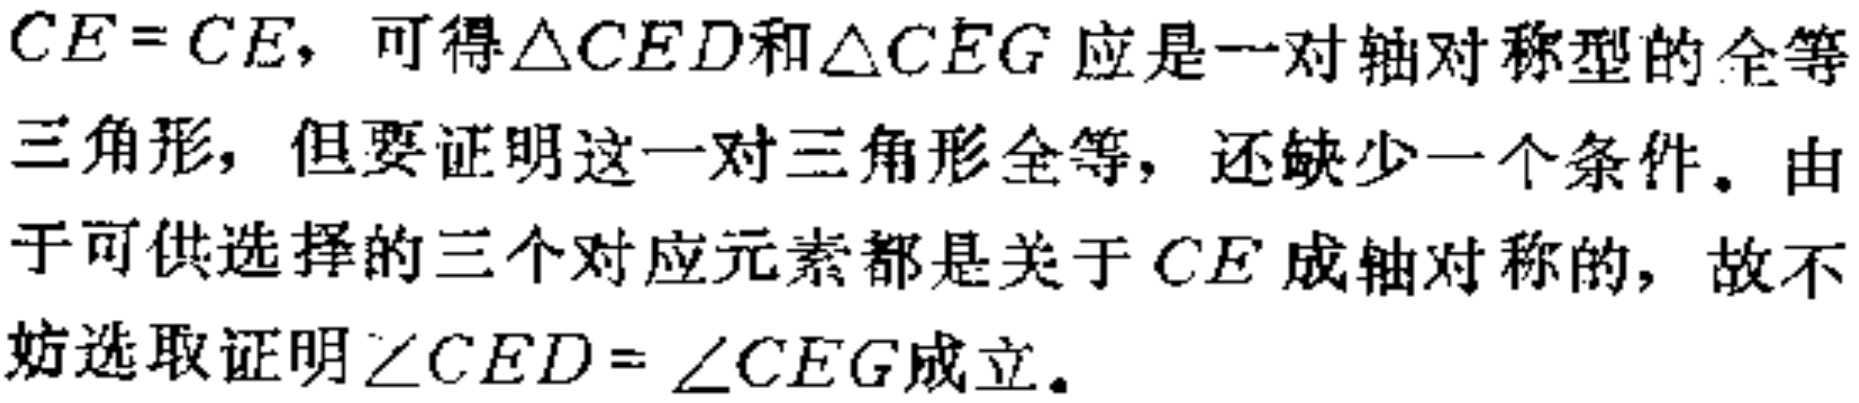
$CE = CE$，可得$\triangle CED$和$\triangle CEG$应是一对轴对称型的全等三角形，但要证明这一对三角形全等，还缺少一个条件。由于可供选择的三个对应元素都是关于$CE$成轴对称的，故不妨选取证明$\angle CED = \angle CEG$成立。